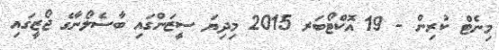
މިނެޓް ކުރިން - 19 އޮކްޓޯބަރ 2015 މިދިޔަ ސީޒަންގައި ބާސެލޯނާގެ ޖޯޒީގައި